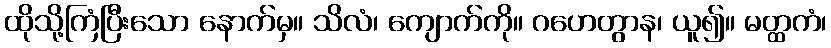
ထိုသို့ကြံပြီးသော နောက်မှ။ သိလံ၊ ကျောက်ကို။ ဂဟေတွာန၊ ယူ၍။ မတ္ထကံ၊